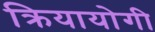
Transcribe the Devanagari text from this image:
क्रियायोगी